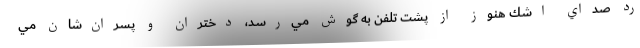
رد صداي اشك هنوز از پشت تلفن به گوش مي‌رسد، دختران و پسران‌شان مي